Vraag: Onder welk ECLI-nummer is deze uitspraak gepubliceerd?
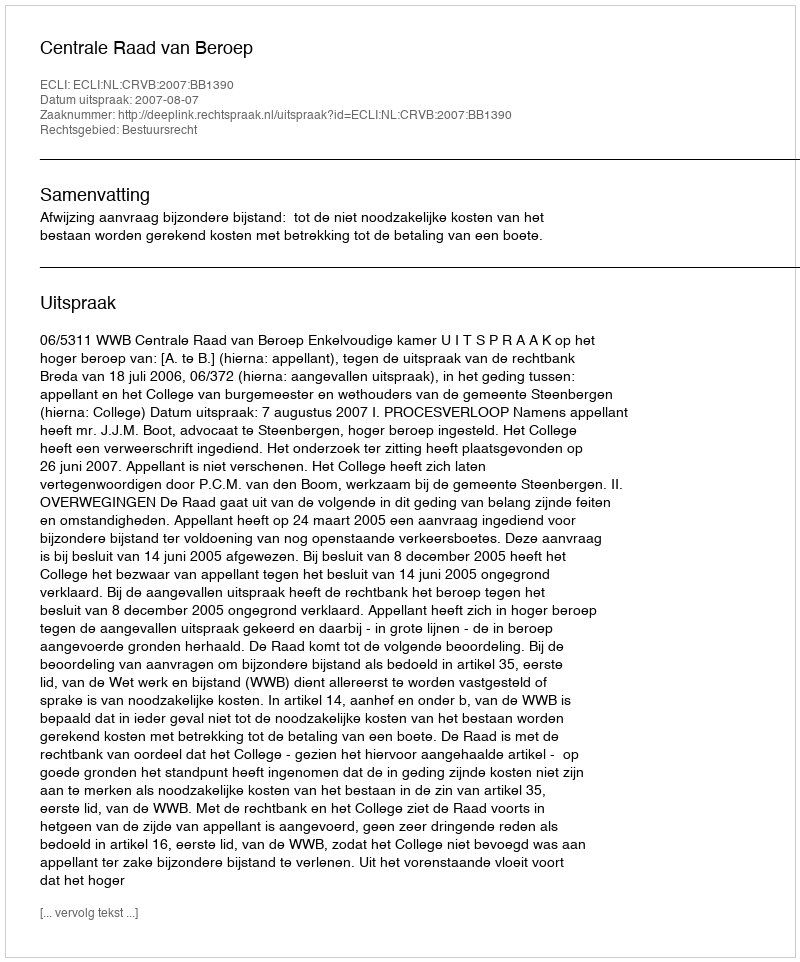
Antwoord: ECLI:NL:CRVB:2007:BB1390